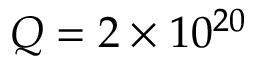
Q = 2 \times 1 0 ^ { 2 0 }